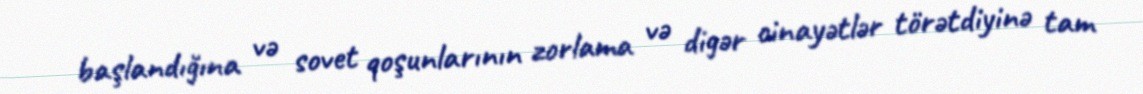
başlandığına və sovet qoşunlarının zorlama və digər cinayətlər törətdiyinə tam